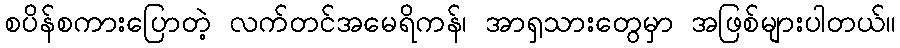
စပိန်စကားပြောတဲ့ လက်တင်အမေရိကန်၊ အာရှသားတွေမှာ အဖြစ်များပါတယ်။